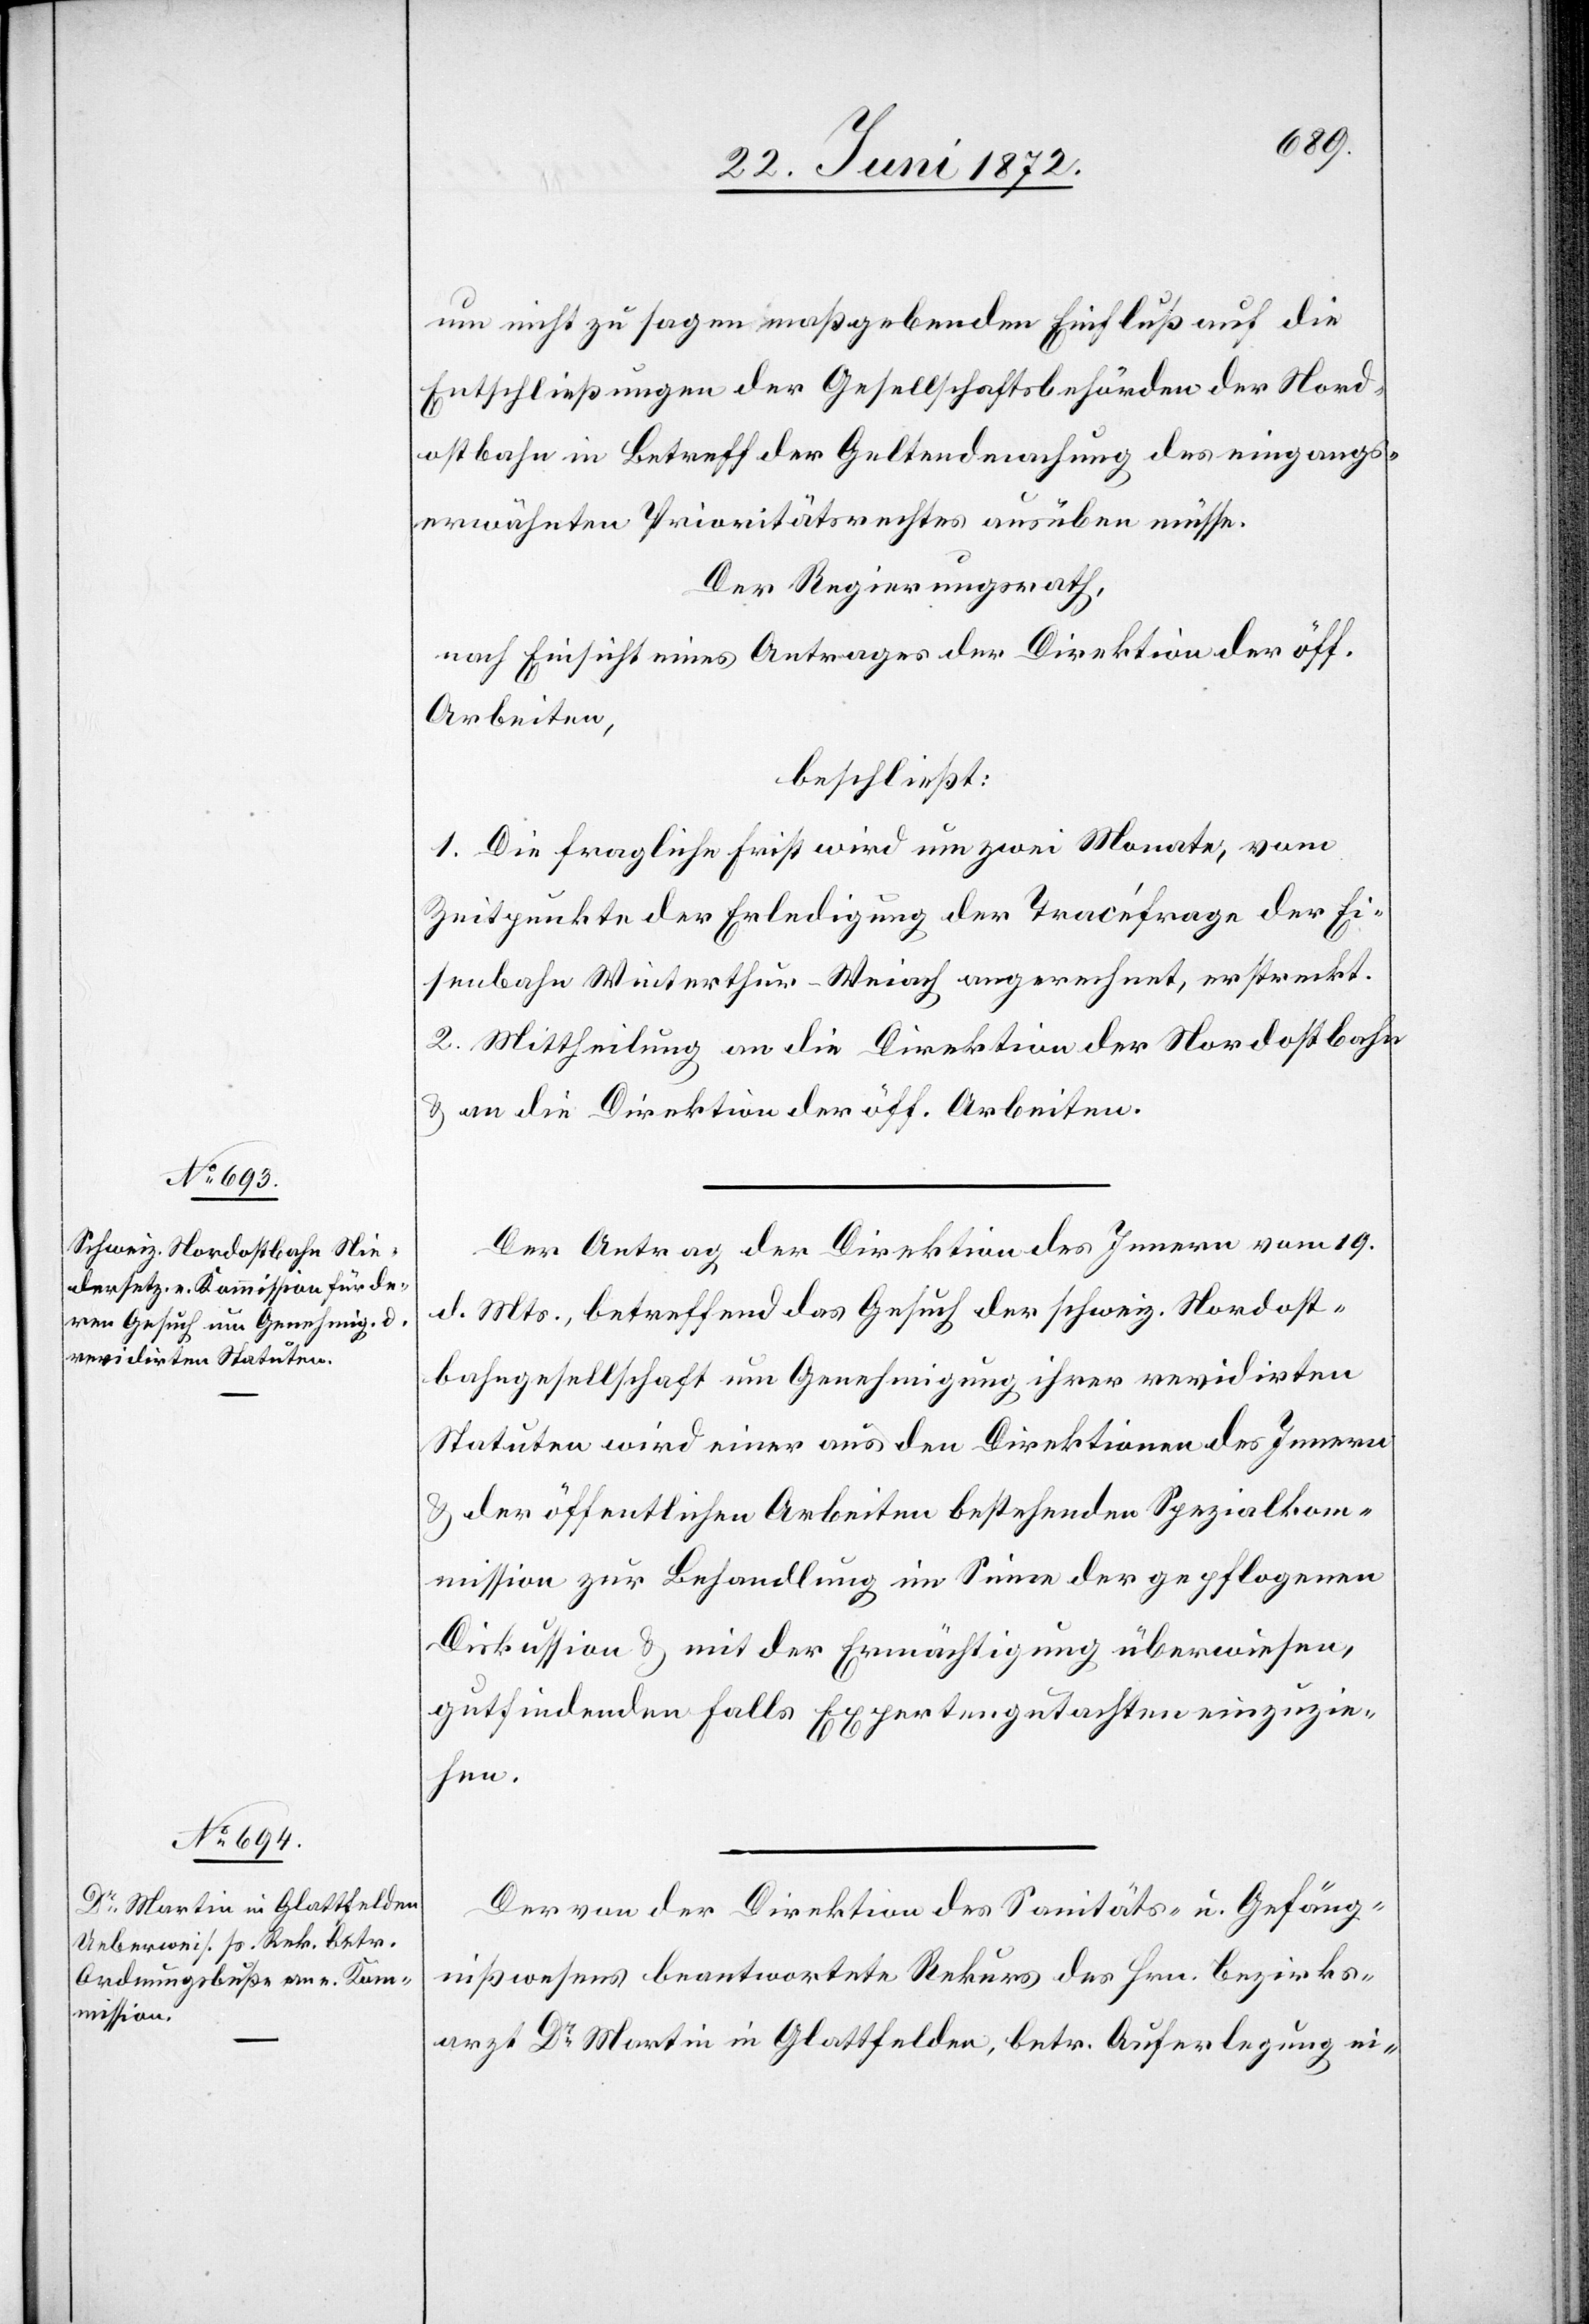
um nicht zu sagen maßgebenden Einfluß auf die
Entschließungen der Gesellschaftsbehörden der Nord¬
ostbahn in Betreff der Geltendmachung des eingangs¬
erwähnten Prioritätsrechtes ausüben müsse.
Der Regierungsrath,
nach Einsicht eines Antrages der Direktion der öff.
Arbeiten,
beschließt:
1. Die fragliche Frist wird um zwei Monate, vom
Zeitpunkte der Erledigung der Tracéfrage der Ei¬
senbahn Winterthur–Weiach an gerechnet, erstreckt.
2. Mittheilung an die Direktion der Nordostbahn
u. an die Direktion der öff. Arbeiten.
Der Antrag der Direktion des Innern vom 19.
d. Mts., betreffend das Gesuch der schweiz. Nordost¬
bahngesellschaft um Genehmigung ihrer revidirten
Statuten wird einer aus den Direktionen des Innern
u. der öffentlichen Arbeiten bestehenden Spezialkom¬
mission zur Behandlung im Sinne der gepflogenen
Diskussion u. mit der Ermächtigung überwiesen,
gutfindenden Falls Expertengutachten einzuzie¬
hen.
Der von der Direktion des Sanitäts- u. Gefäng¬
nißwesens beantwortete Rekurs des Hrn. Bezirks¬
arzt Dr Martin in Glattfelden, betr. Auferlegung ei-